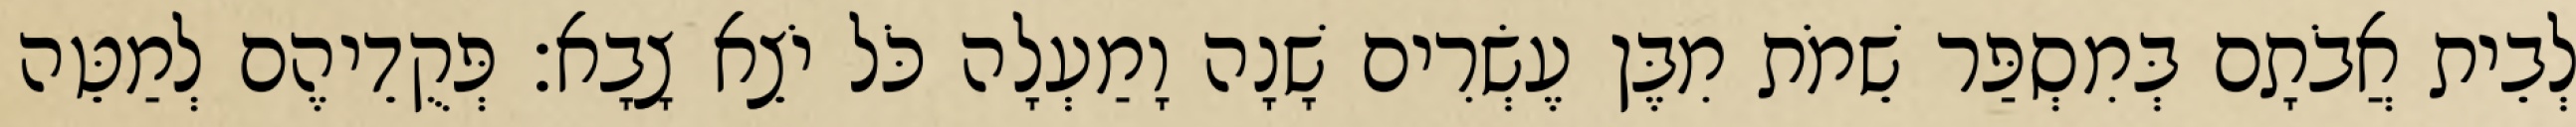
לְבֵית אֲבֹתָם בְּמִסְפַּר שֵׁמֹת מִבֶּן עֶשְׂרִים שָׁנָה וָמַעְלָה כֹּל יֹצֵא צָבָא׃ פְּקֻדֵיהֶם לְמַטֵּה